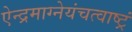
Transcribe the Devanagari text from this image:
ऐन्द्रमाग्नेयंचत्वाष्ट्रं